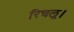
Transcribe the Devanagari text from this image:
रिचलू।